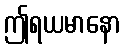
ဤရယမာနော